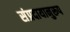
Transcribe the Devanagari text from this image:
संप्रदायानुरूप